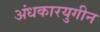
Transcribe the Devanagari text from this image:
अंधकारयुगीन